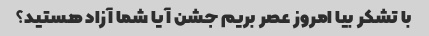
با تشکر بیا امروز عصر بریم جشن آیا شما آزاد هستید؟